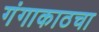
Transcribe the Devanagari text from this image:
गंगाकाठचा